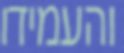
והעמידו